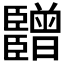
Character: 𬛫